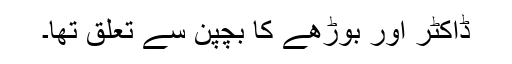
ڈاکٹر اور بوڑھے کا بچپن سے تعلق تھا۔